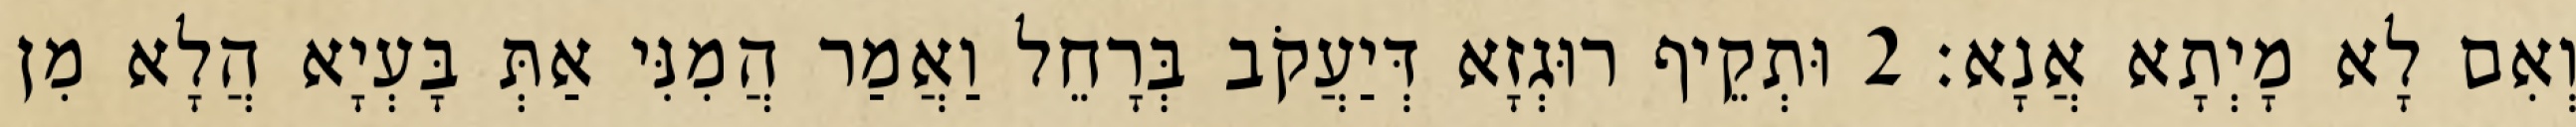
וְאִם לָא מָיְתָא אֲנָא׃ 2 וּתְקֵיף רוּגְזָא דְּיַעֲקֹב בְּרָחֵל וַאֲמַר הֲמִנִּי אַתְּ בָּעְיָא הֲלָא מִן